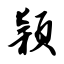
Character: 颖